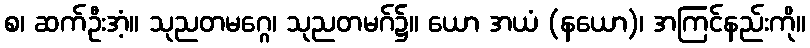
စ၊ ဆက်ဦးအံ့။ သုညတမဂ္ဂေ၊ သုညတမဂ်၌။ ယော အယံ (နယော)၊ အကြင်နည်းကို။